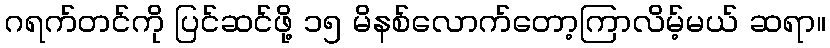
ဂရက်တင်ကို ပြင်ဆင်ဖို့ ၁၅ မိနစ်လောက်တော့ကြာလိမ့်မယ် ဆရာ။